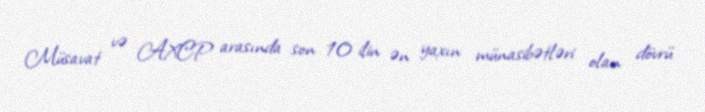
Müsavat və AXCP arasında son 10 ilin ən yaxın münasibətləri olan dövrü